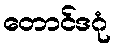
တောင်ဒဂုံ